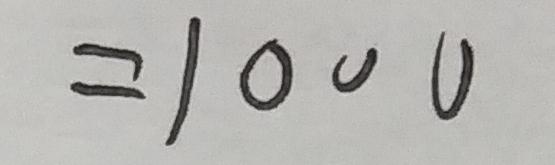
= 1 0 0 0